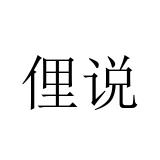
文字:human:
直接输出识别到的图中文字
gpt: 俚说